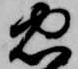
忠